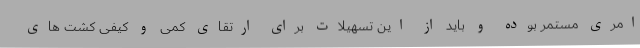
امری مستمر بوده و باید از این تسهیلات برای ارتقای کمی و کیفی کشت های